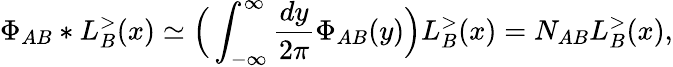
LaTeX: \Phi_{AB}*L_{B}^{>}(x)\simeq\Big(\int_{-\infty}^{\infty}\frac{dy}{2\pi}\Phi_{AB}(y)\Big)L_{B}^{>}(x)=N_{AB}L_{B}^{>}(x),